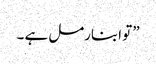
” تو ابنارمل ہے ۔